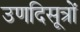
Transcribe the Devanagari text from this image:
उणदिसूत्रों